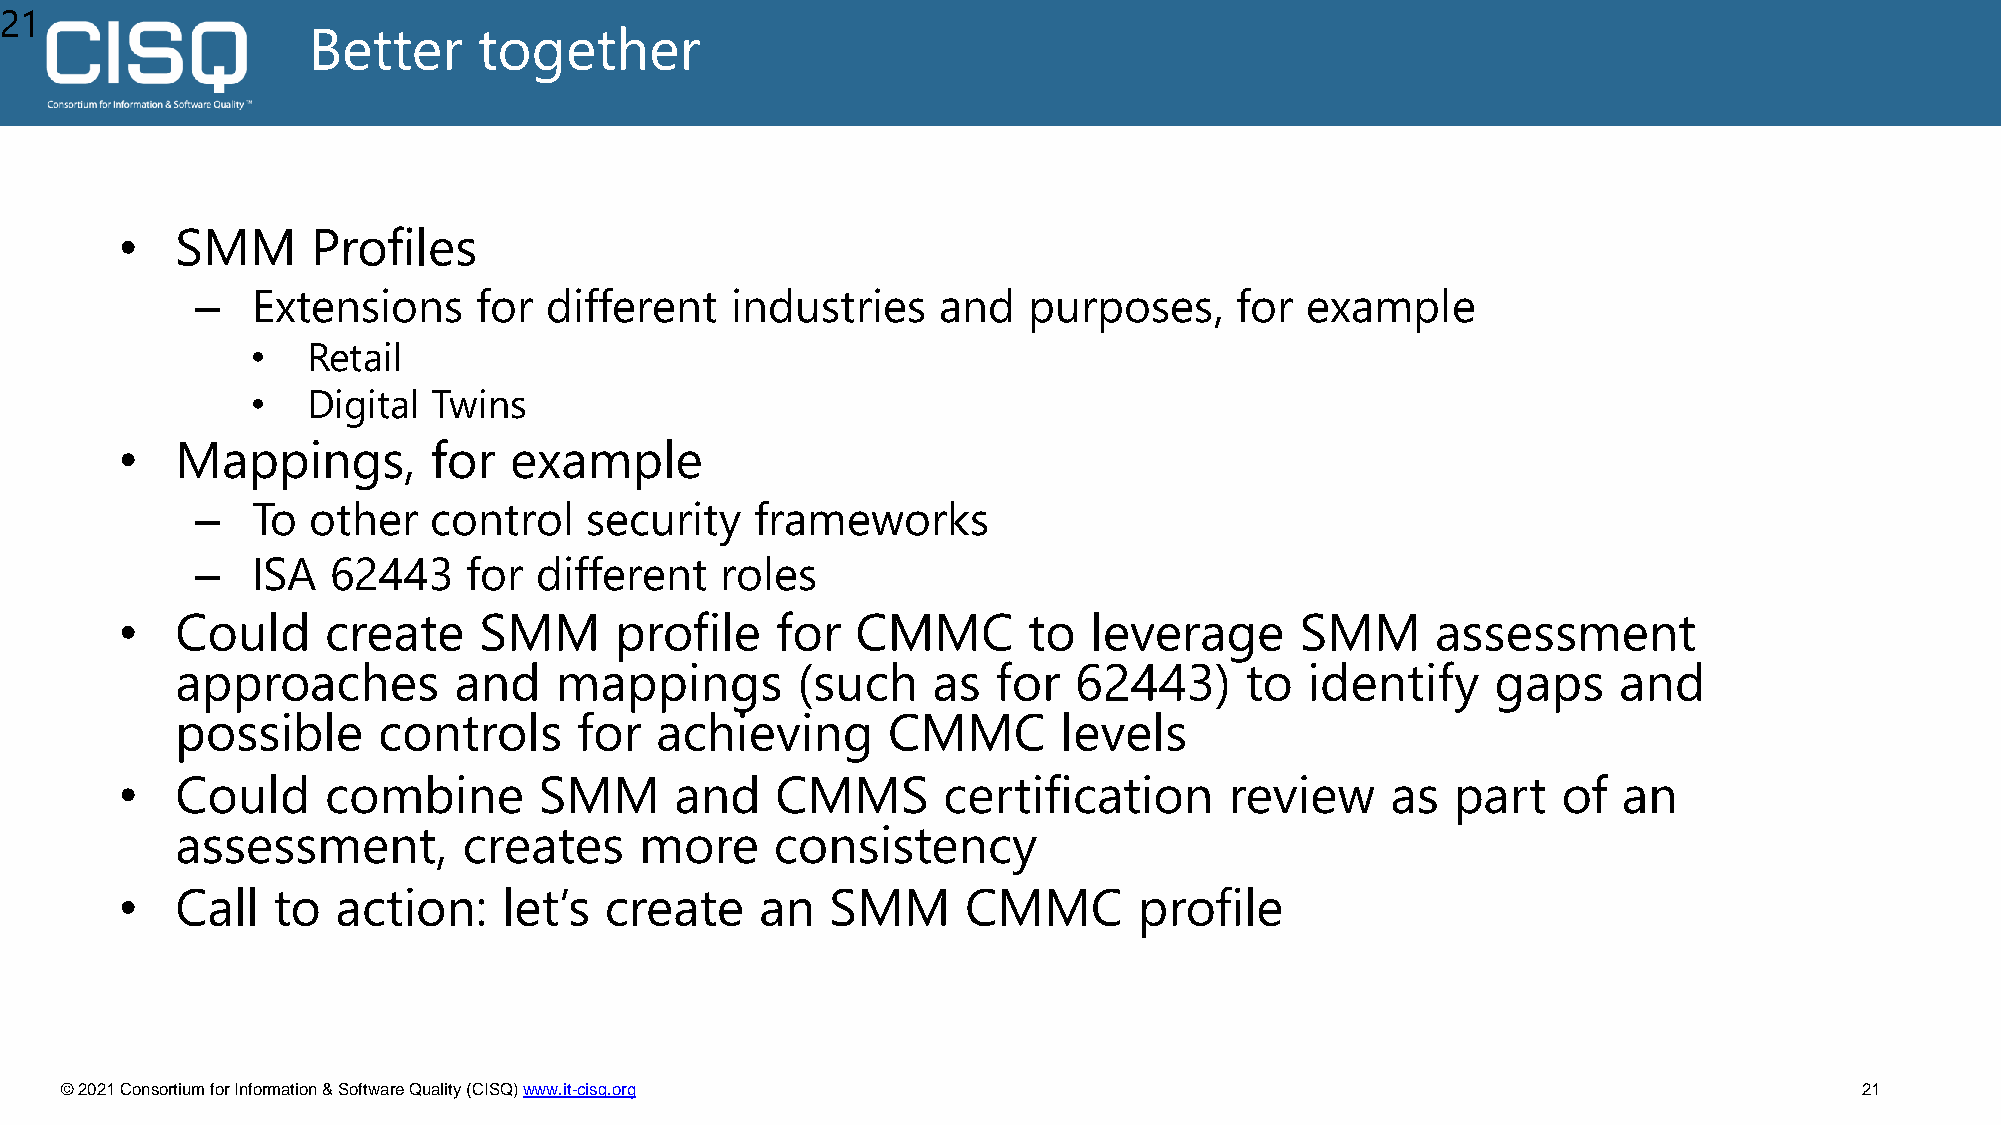
21
 Better      together
 •   SMM      Profiles
 –   Extensions     for different   industries    and   purposes,     for example
 •  Retail
 •  Digital  Twins
 •   Mappings,       for   example
 –   To  other   control   security   frameworks
 –   ISA  62443    for  different   roles
 •   Could     create    SMM      profile   for   CMMC       to  leverage      SMM      assessment
 approaches        and    mappings        (such    as  for  62443)     to   identify    gaps    and
 possible     controls     for  achieving       CMMC       levels
 •   Could     combine       SMM      and   CMMS       certification      review     as  part   of  an
 assessment,        creates    more     consistency
 •   Call  to  action:    let’s  create    an   SMM      CMMC       profile
 © 2021 Consortium for Information & Software Quality (CISQ) www.it-cisq.org                                            21